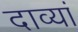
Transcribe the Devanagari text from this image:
दाव्यां